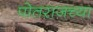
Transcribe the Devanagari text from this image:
पोतराजच्या